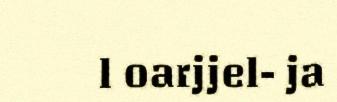
l oarjjel- ja